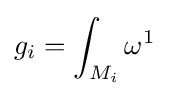
g_{i}=\int _{M_{i}}\omega ^{1}